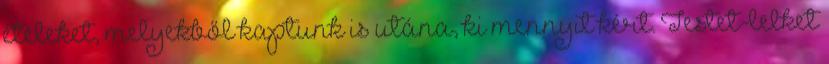
ételeket, melyekből kaptunk is utána, ki mennyit kért. Testet-lelket